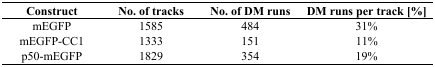
<table><thead><tr><td><b>Construct</b></td><td><b>No. of tracks</b></td><td><b>No. of DM runs</b></td><td><b>DM runs per track [%]</b></td></tr></thead><tbody><tr><td>mEGFP</td><td>1585</td><td>484</td><td>31%</td></tr><tr><td>mEGFP-CC1</td><td>1333</td><td>151</td><td>11%</td></tr><tr><td>p50-mEGFP</td><td>1829</td><td>354</td><td>19%</td></tr></tbody></table>